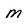
Character: m